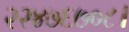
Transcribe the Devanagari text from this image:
२२४७६७०८।